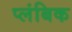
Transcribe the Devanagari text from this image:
प्लंबिक